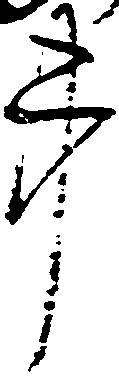
事